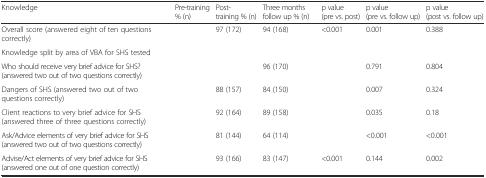
<table><thead><tr><td><b>Knowledge</b></td><td><b>Pre-training % (n)</b></td><td><b>Post-training % (n)</b></td><td><b>Three months follow up % (n)</b></td><td><b>p value(pre vs. post)</b></td><td><b>p value (pre vs. follow up)</b></td><td><b>p value (post vs. follow up)</b></td></tr></thead><tbody><tr><td>Overall score (answered eight of ten questions correctly)</td><td>[EMPTY_CELL]</td><td>97 (172)</td><td>94 (168)</td><td>&lt;0.001</td><td>0.001</td><td>0.388</td></tr><tr><td colspan="7">Knowledge split by area of VBA for SHS tested</td></tr><tr><td>Who should receive very brief advice for SHS? (answered two out of two questions correctly)</td><td>[EMPTY_CELL]</td><td>[EMPTY_CELL]</td><td>96 (170)</td><td>[EMPTY_CELL]</td><td>0.791</td><td>0.804</td></tr><tr><td>Dangers of SHS (answered two out of two questions correctly)</td><td>[EMPTY_CELL]</td><td>88 (157)</td><td>84 (150)</td><td>[EMPTY_CELL]</td><td>0.007</td><td>0.324</td></tr><tr><td>Client reactions to very brief advice for SHS (answered three of three questions correctly)</td><td>[EMPTY_CELL]</td><td>92 (164)</td><td>89 (158)</td><td>[EMPTY_CELL]</td><td>0.035</td><td>0.18</td></tr><tr><td>Ask/Advice elements of very brief advice for SHS (answered two out of two questions correctly)</td><td>[EMPTY_CELL]</td><td>81 (144)</td><td>64 (114)</td><td>[EMPTY_CELL]</td><td>&lt;0.001</td><td>&lt;0.001</td></tr><tr><td>Advise/Act elements of very brief advice for SHS (answered one out of one question correctly)</td><td>[EMPTY_CELL]</td><td>93 (166)</td><td>83 (147)</td><td>&lt;0.001</td><td>0.144</td><td>0.002</td></tr></tbody></table>